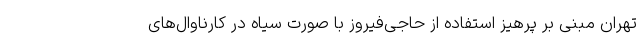
تهران مبنی بر پرهیز استفاده از حاجی‌فیروز با صورت سیاه در کارناوال‌های